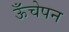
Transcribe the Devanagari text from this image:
ऊँचेपन